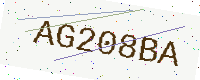
Text: AG208BA